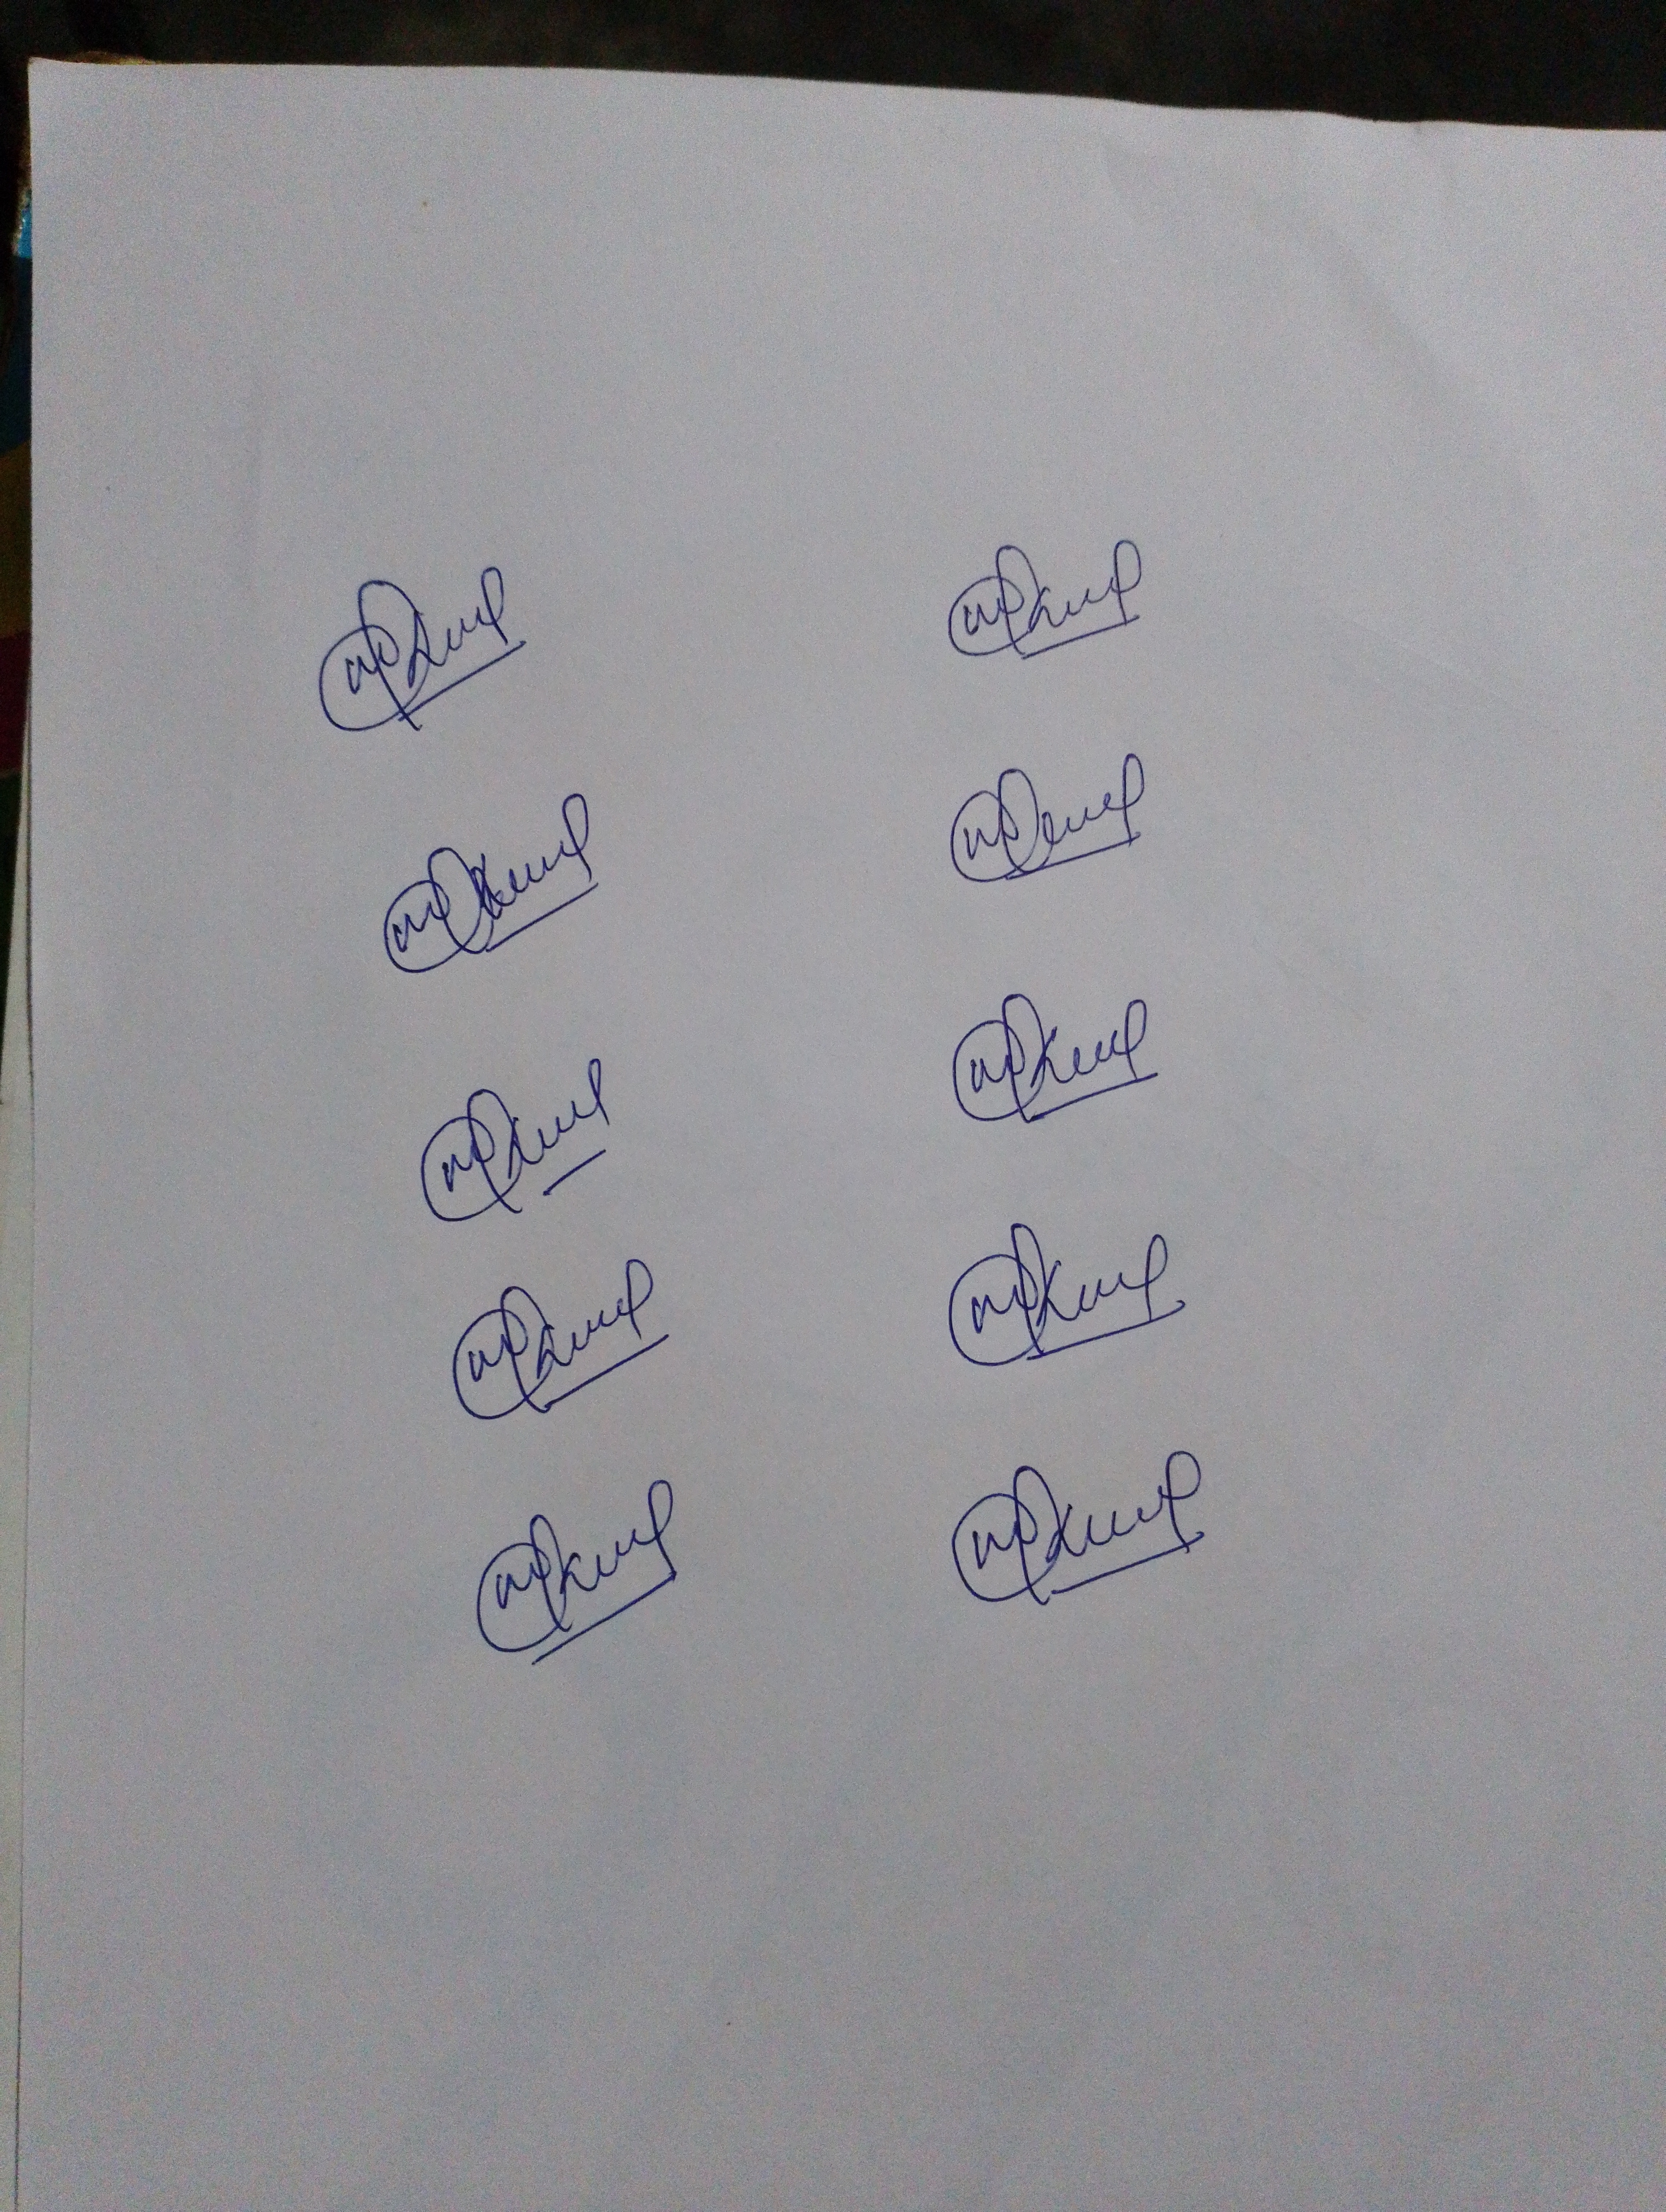
Signature authenticity: genuine